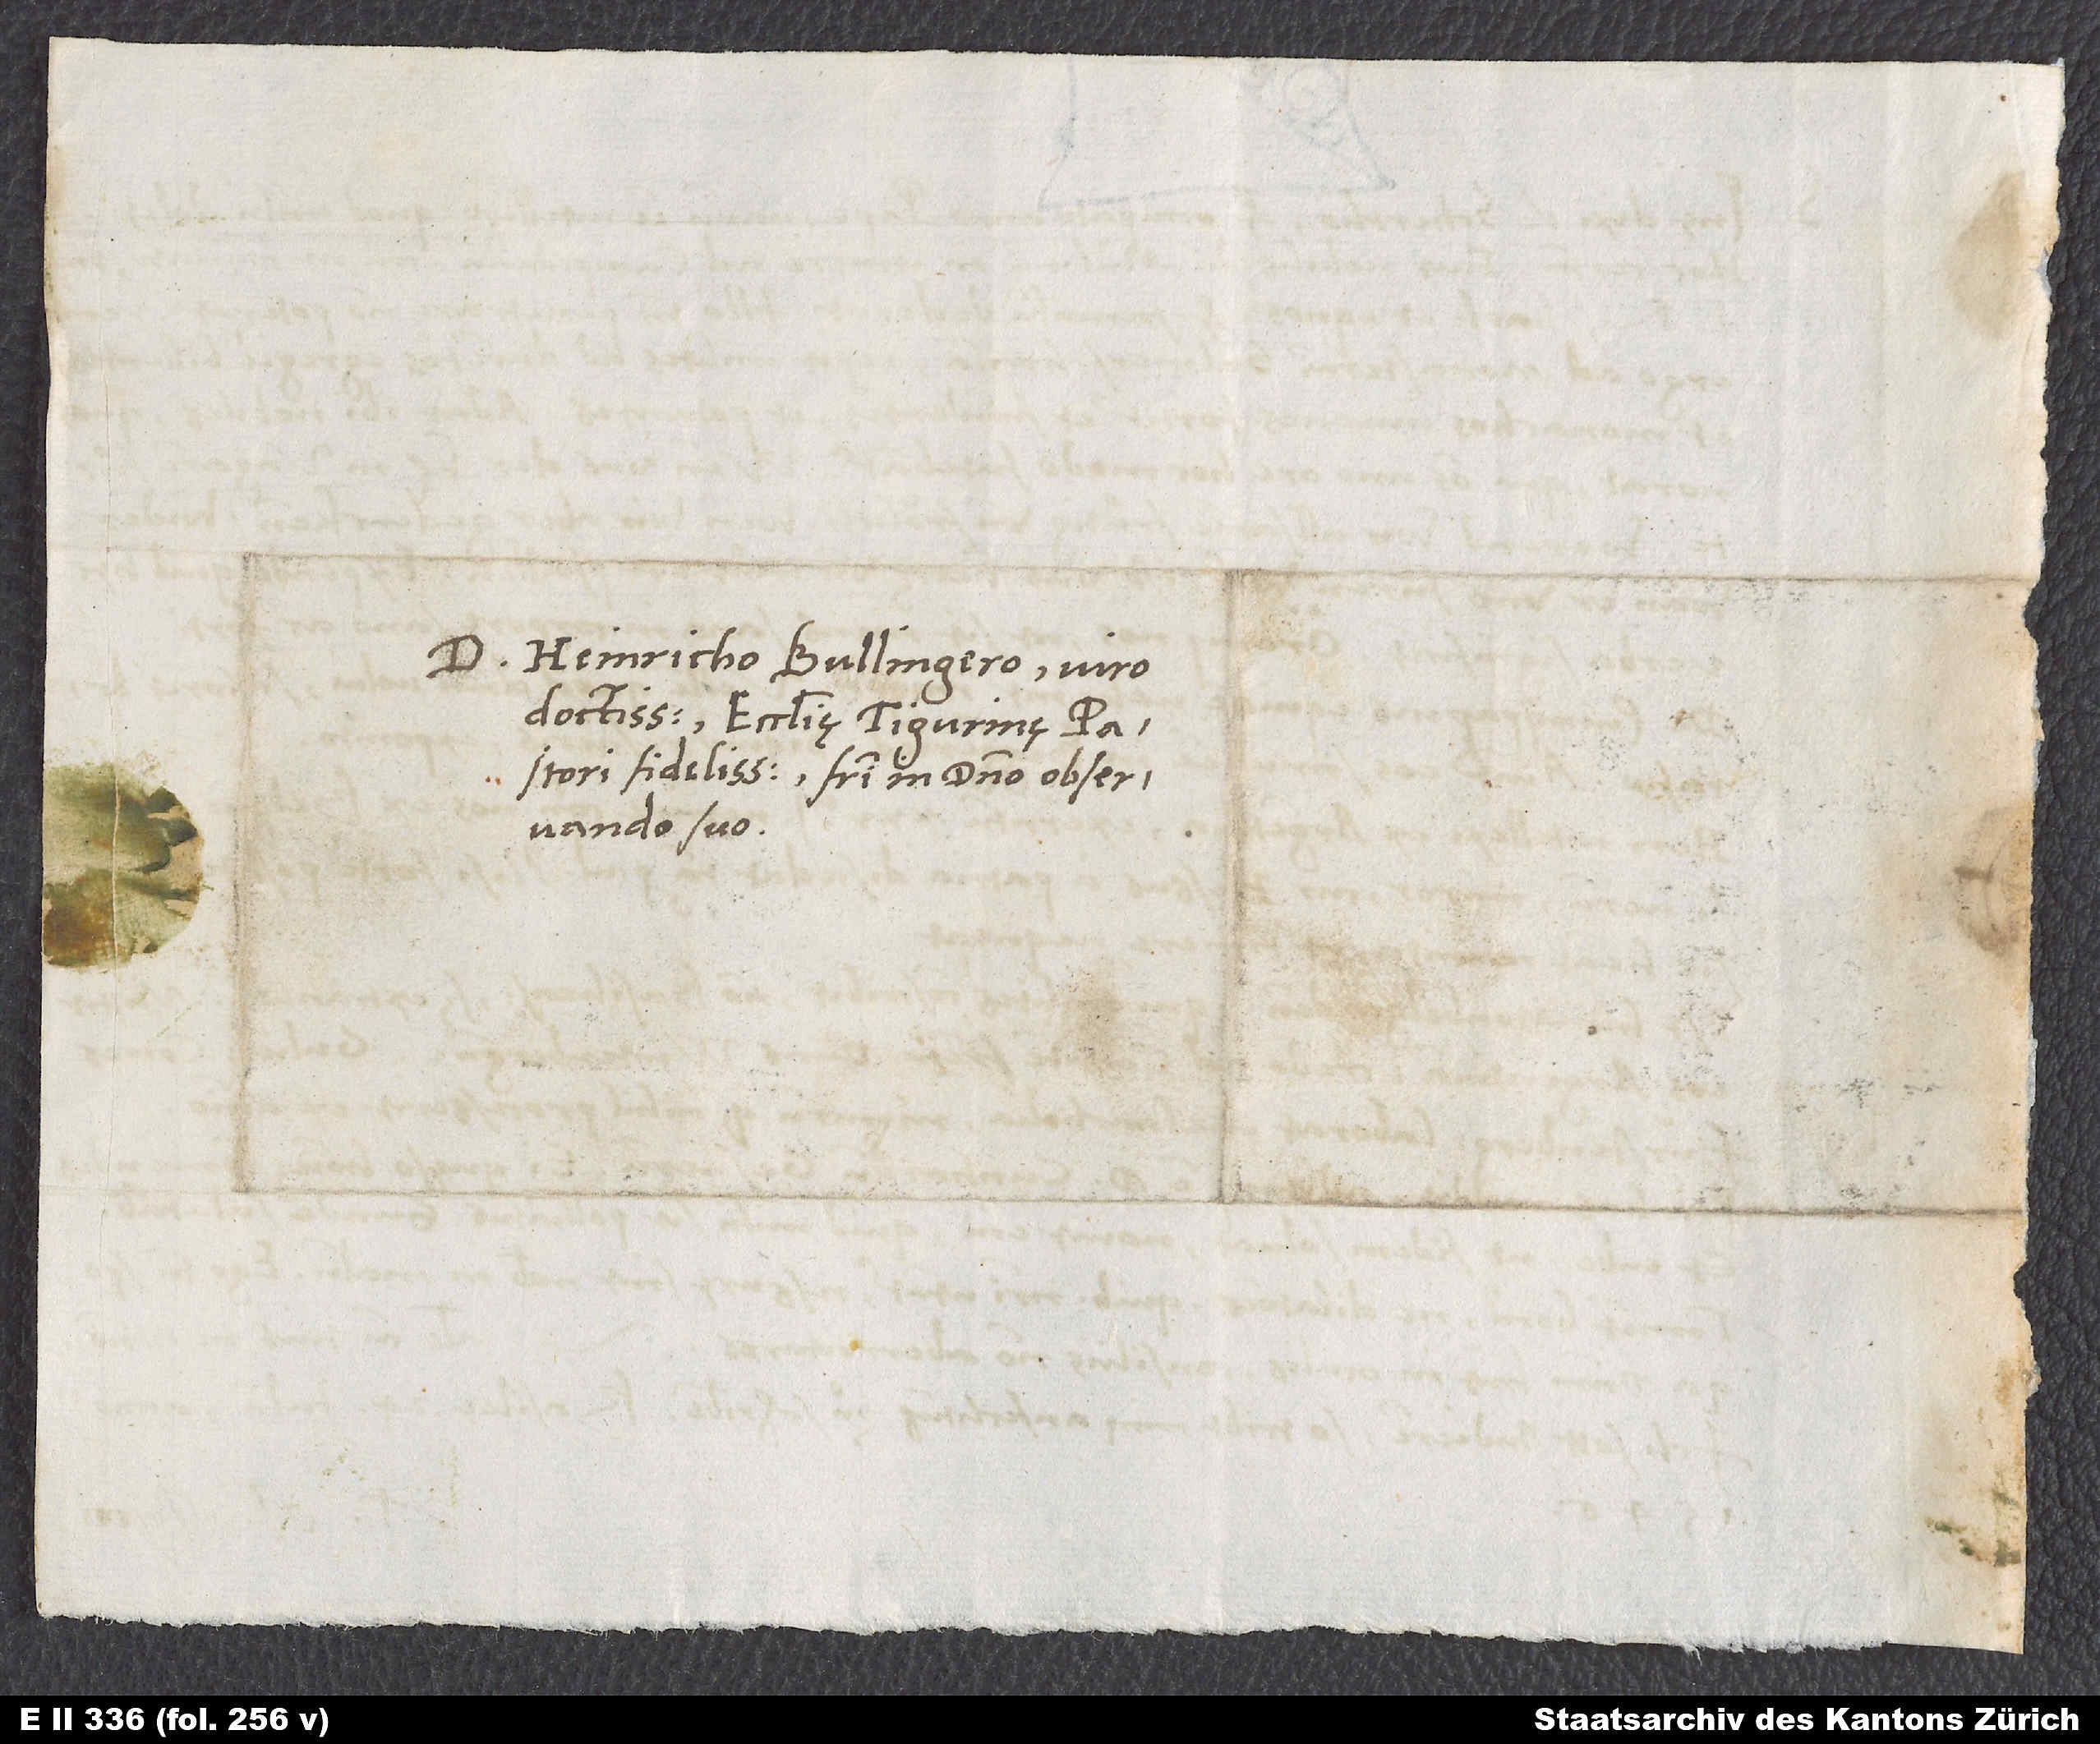
D. Heinricho Bullingero, viro
doctissimo, ecclesię Tigurinę pastori
fidelissimo, fratri in domino observando
suo.